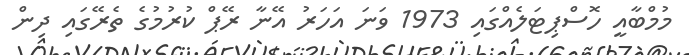
މުމްބާއީ ހޮސްޕިޓަލެއްގައި 1973 ވަނަ އަހަރު އޭނާ ރޭޕް ކުރުމުގެ ތެރޭގައި ދިން